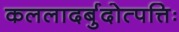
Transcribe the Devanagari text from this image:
कललादर्बुदोत्पत्तिः